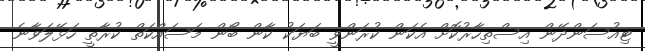
ޓިއުސަންދޭން އިސްތިހާރުކޮށް އެކަން ކުރަންވީ ބަޔަކު ކާން ބޯން މަސައްކަތް ކުރާތީ ހަޅޭލަވާނެ